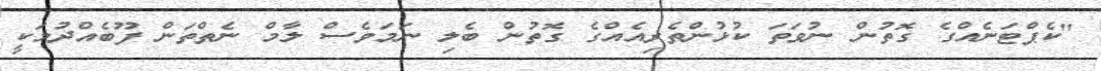
"ކެޕްޓަނެއްގެ ގޮތުން ނުވަތަ ކުޅުންތެރިއެއްގެ ގޮތުން ބެލި ނަމަވެސް ލާމް ނެތްތަން ފޫބެއްދުމަކީ